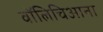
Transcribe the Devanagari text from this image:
वॉलिचिआना